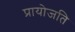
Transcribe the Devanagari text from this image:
प्रायोजति